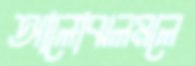
আলোঝলমলে